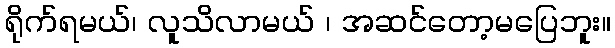
ရိုက်ရမယ်၊ လူသိလာမယ် ၊ အဆင်တော့မပြေဘူး။